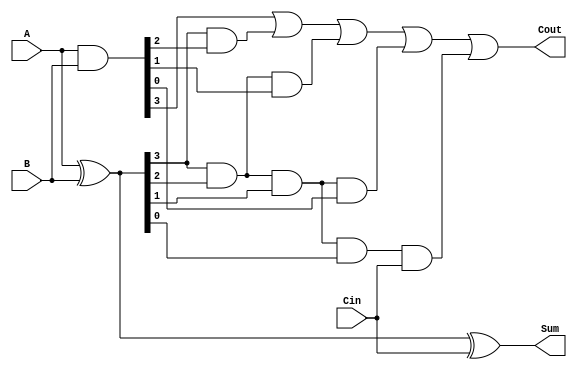
module carry_lookahead_adder (
    input [3:0] A,
    input [3:0] B,
    input Cin,
    output [3:0] Sum,
    output Cout
);

wire [3:0] P;
wire [3:0] G;
wire [3:0] Carry;

assign P = A ^ B;
assign G = A & B;

assign Carry[0] = G[0] | (P[0] & Cin);

assign Carry[1] = G[1] | (P[1] & G[0]) | (P[1] & P[0] & Cin);

assign Carry[2] = G[2] | (P[2] & G[1]) | (P[2] & P[1] & G[0]) | (P[2] & P[1] & P[0] & Cin);

assign Carry[3] = G[3] | (P[3] & G[2]) | (P[3] & P[2] & G[1]) | (P[3] & P[2] & P[1] & G[0]) | (P[3] & P[2] & P[1] & P[0] & Cin);

assign Sum = A ^ B ^ Cin;
assign Cout = Carry[3];

endmodule